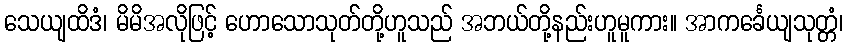
သေယျထိဒံ၊ မိမိအလိုဖြင့် ဟောသောသုတ်တို့ဟူသည် အဘယ်တို့နည်းဟူမူကား။ အာကင်္ခေယျသုတ္တံ၊